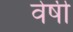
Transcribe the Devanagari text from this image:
वेषी